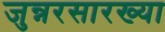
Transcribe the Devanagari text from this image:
जुन्नरसारख्या